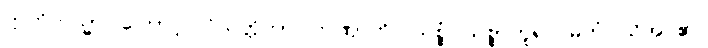
ဣတိတသ္မာ၊ ကြောင့်။ ဝိသတ္တိကာ၊ တဏှာကို။ သစ္စံ၊ သစ္စာဟူ၍။ မတံ၊ သိအပ်၏။